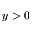
y > 0